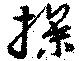
操